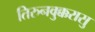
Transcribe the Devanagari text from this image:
तिरुनवुक्करासु